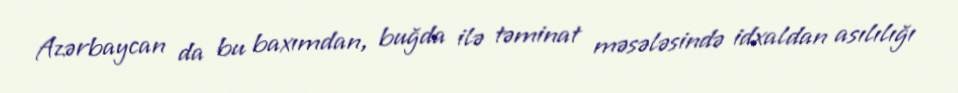
Azərbaycan da bu baxımdan, buğda ilə təminat məsələsində idxaldan asılılığı